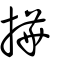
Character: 撶